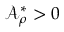
\mathcal { A } _ { \rho } ^ { \ast } > 0